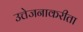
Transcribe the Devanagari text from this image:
उत्तेजनाकरीता